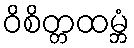
ဝိစိတ္တထမ္ဘံ